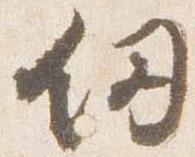
剣